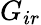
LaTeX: G_{ir}